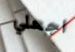
اجعلي